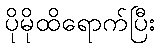
ပိုမိုထိရောက်ပြီး